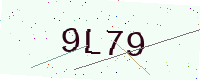
Text: 9L79